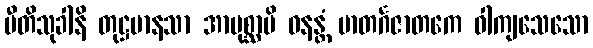
ပီတိသုခါနိ တုဋ္ဌမာနသာ အာပုစ္ဆာမိ ဝနန္တံ မာတင်္ဂဇာတကေ ဝါကျသေသော